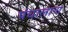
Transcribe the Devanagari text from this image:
पंचालाना